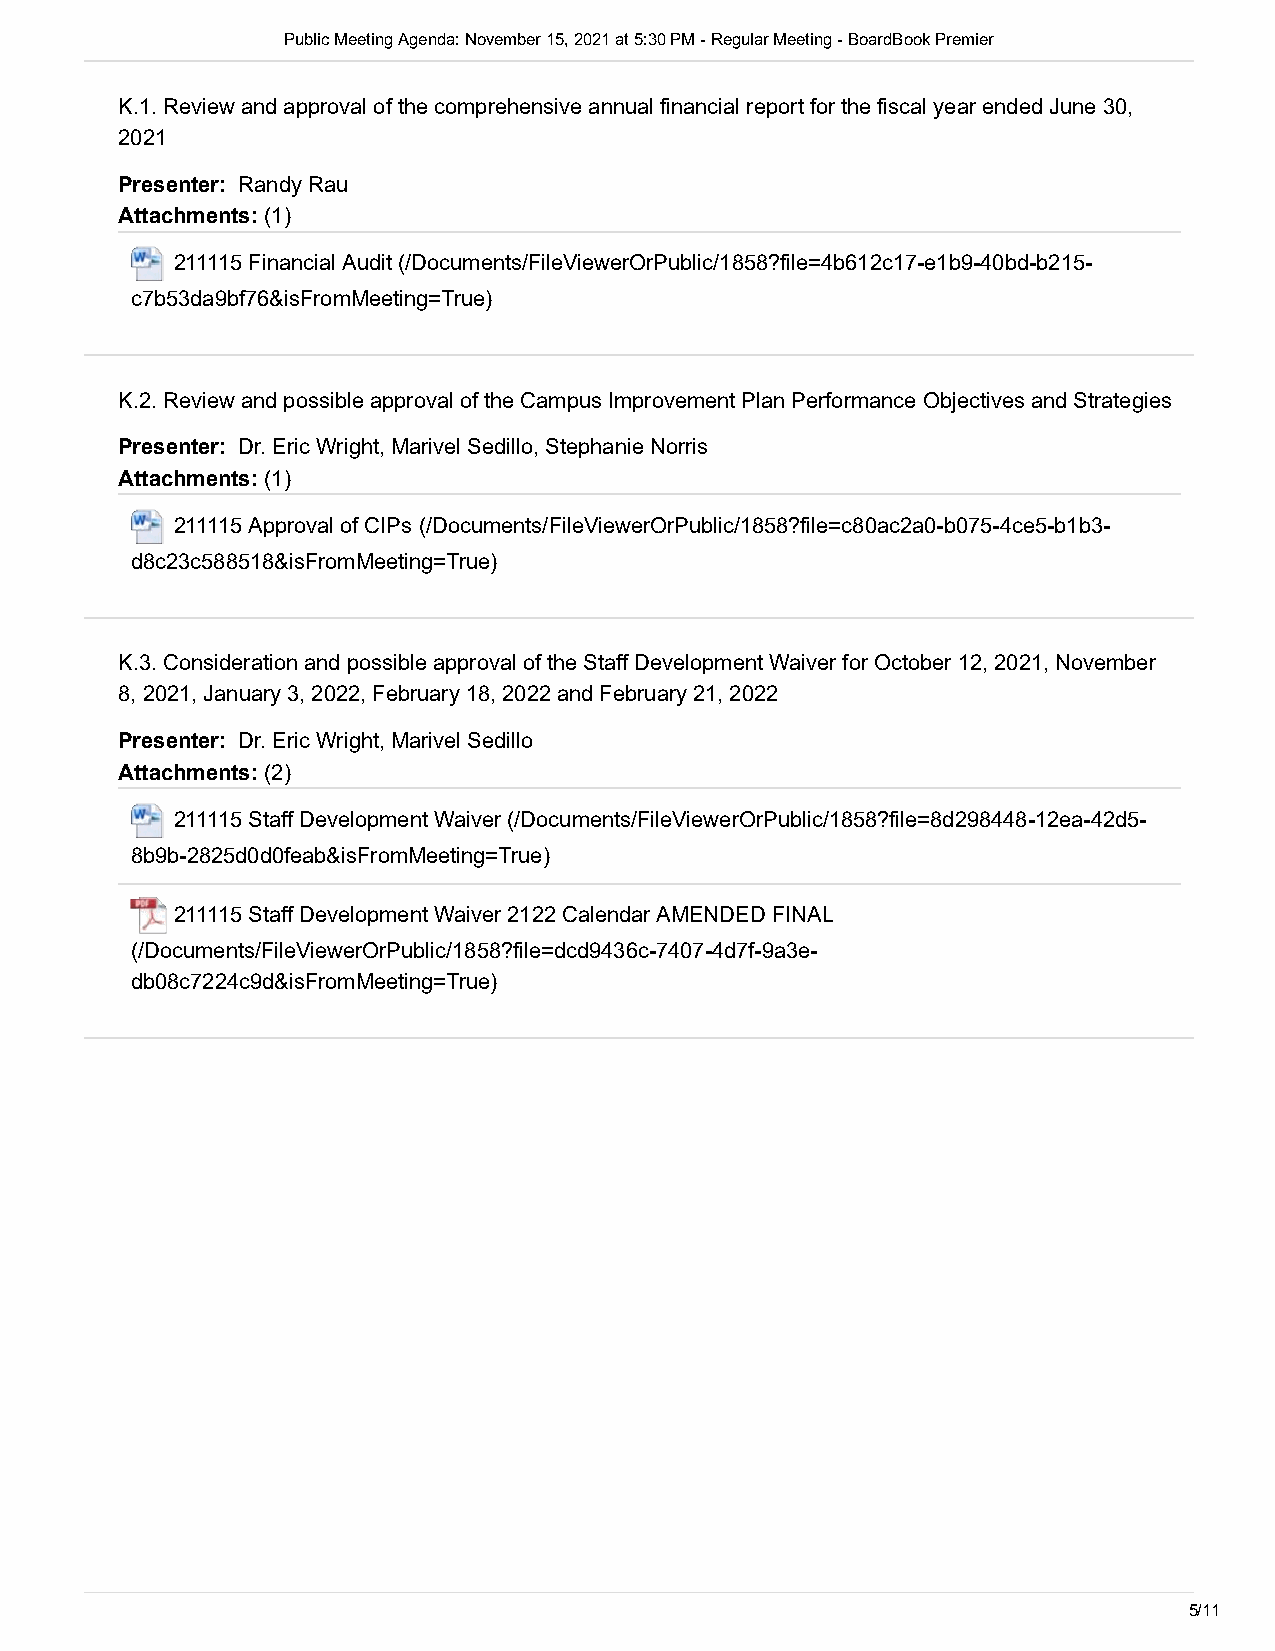
Public Meeting Agenda: November 15, 2021 at 5:30 PM - Regular Meeting - BoardBook Premier
 K.1. Review and approval of the comprehensive annual financial report for the fiscal year ended June 30,
 2021
 Presenter: Randy Rau
 Attachments: (1)
 211115 Financial Audit (/Documents/FileViewerOrPublic/1858?file=4b612c17-e1b9-40bd-b215-
 c7b53da9bf76&isFromMeeting=True)
 K.2. Review and possible approval of the Campus Improvement Plan Performance Objectives and Strategies
 Presenter: Dr. Eric Wright, Marivel Sedillo, Stephanie Norris
 Attachments: (1)
 211115 Approval of CIPs (/Documents/FileViewerOrPublic/1858?file=c80ac2a0-b075-4ce5-b1b3-
 d8c23c588518&isFromMeeting=True)
 K.3. Consideration and possible approval of the Staff Development Waiver for October 12, 2021, November
 8, 2021, January 3, 2022, February 18, 2022 and February 21, 2022
 Presenter: Dr. Eric Wright, Marivel Sedillo
 Attachments: (2)
 211115 Staff Development Waiver (/Documents/FileViewerOrPublic/1858?file=8d298448-12ea-42d5-
 8b9b-2825d0d0feab&isFromMeeting=True)
 211115 Staff Development Waiver 2122 Calendar AMENDED FINAL
 (/Documents/FileViewerOrPublic/1858?file=dcd9436c-7407-4d7f-9a3e-
 db08c7224c9d&isFromMeeting=True)
 5/11